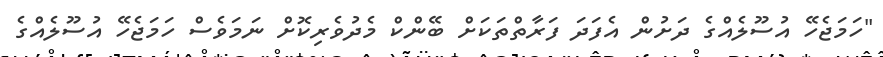
"ހަމަޖެހޭ އުސޫލެއްގެ ދަށުން އެފަދަ ފަރާތްތަކަށް ބޭންކް މެދުވެރިކޮށް ނަމަވެސް ހަމަޖެހޭ އުސޫލެއްގެ